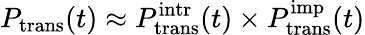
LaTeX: P_{\mathrm{trans}}(t)\approx P_{\mathrm{trans}}^{\mathrm{intr}}(t)\times P_{\mathrm{trans}}^{\mathrm{imp}}(t)